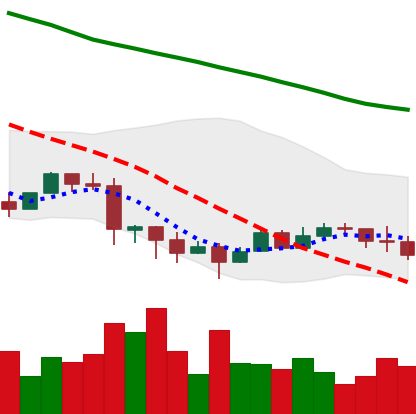
Ticker: EOS-USD
Chart end date: 2022-01-19
Forward return: -20.006%
Label: down_7plus